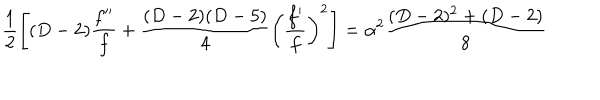
LaTeX: \frac { 1 } { 2 } \left[ ( D - 2 ) \frac { f ^ { \prime \prime } } { f } + \frac { ( D - 2 ) ( D - 5 ) } { 4 } \left( \frac { f ^ { \prime } } { f } \right) ^ { 2 } \right] = \alpha ^ { 2 } \frac { ( D - 2 ) ^ { 2 } + ( D - 2 ) } { 8 }